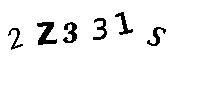
2Z331S